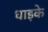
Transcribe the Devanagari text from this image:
धाइके